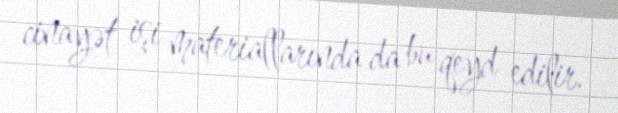
cinayət işi materiallarında da bu qeyd edilir.